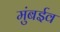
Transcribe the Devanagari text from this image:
मुंबईव